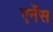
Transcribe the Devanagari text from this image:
एर्नेस